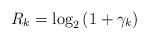
\begin{align*} R_{k}=\log_2\left(1+\gamma_{k}\right)\end{align*}